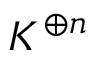
K ^ { \oplus n }